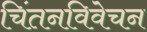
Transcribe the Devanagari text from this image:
चिंतनविवेचन